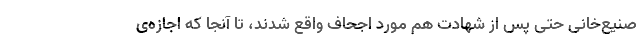
صنیع‌خانی حتی پس از شهادت هم مورد اجحاف واقع شدند، تا آنجا که اجازه‌ی